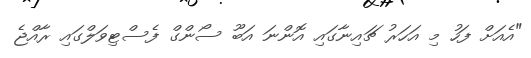
"އެއަށް ފަހު މި އަހަރު ޗައިނާގައި އޮންނަ އަބޫ ސޯންގް ފެސްޓިވަލްގައި ރާއްޖެ